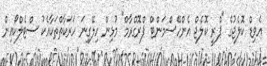
އެވިޑް ކޮލެޖުގެ "ޕްރީ ކޮލެޖް އެންހޭސްމަންޓް ޕްރޮގްރާމް" މުޅިން ހިލޭގިނަ ހަރަކާތްތަކާއެކު ސްޓެލްކޯއިން